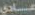
عادي